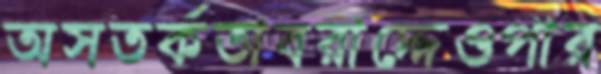
অসতর্কতাবরাদ্দেওপার